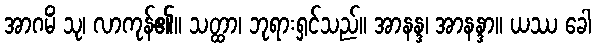
အာဂမိံ သု၊ လာကုန်၏။ သတ္ထာ၊ ဘုရားရှင်သည်။ အာနန္ဒ၊ အာနန္ဒာ။ ယဿ ခေါ